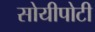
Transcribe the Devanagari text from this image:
सोयीपोटी